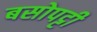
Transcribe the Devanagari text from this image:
बसोपट्टी